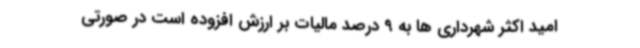
امید اکثر شهرداری ها به 9 درصد مالیات بر ارزش افزوده است در صورتی